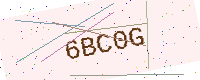
Text: 6BC0G